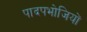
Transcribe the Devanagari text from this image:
पादपभोजियों